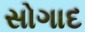
સોગાદ